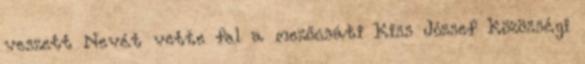
veszett Nevét vette fel a mezőcsáti Kiss József Közösségi